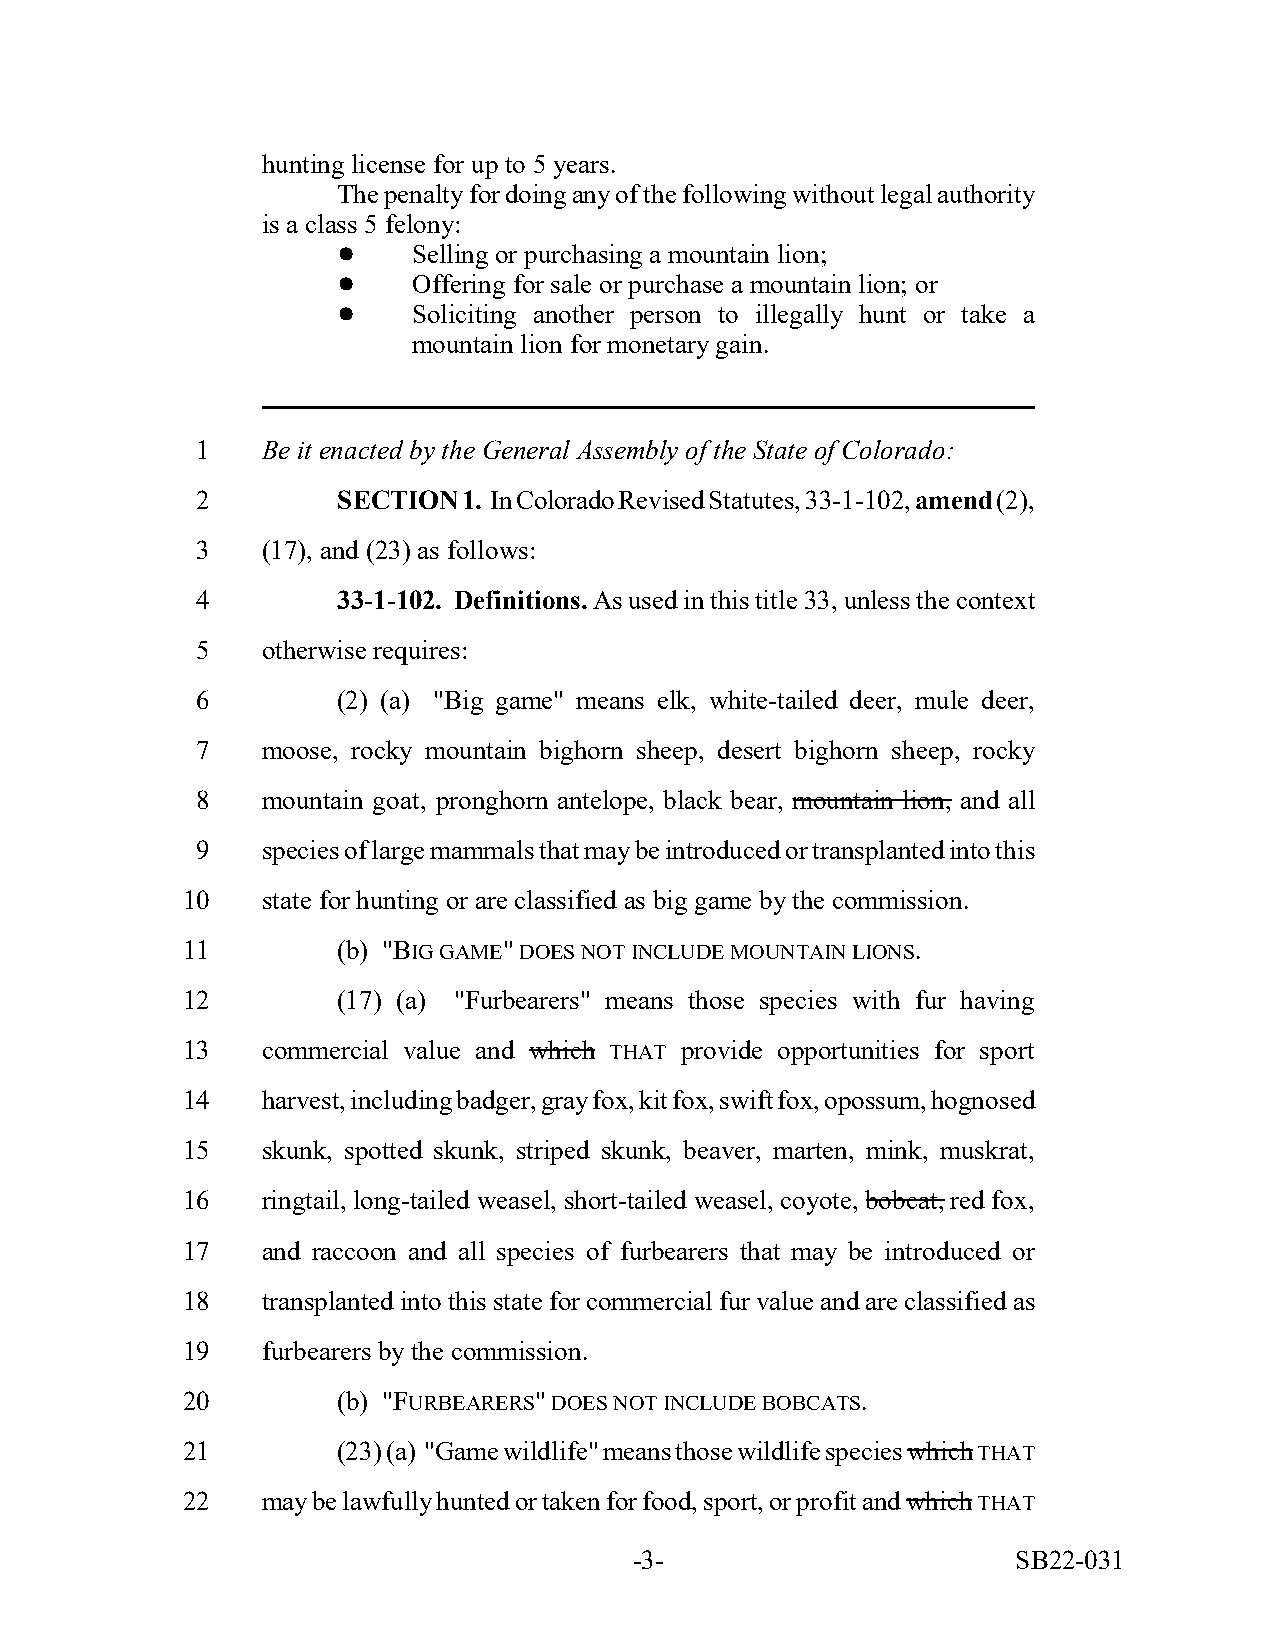
hunting license for up to 5 years.
 The penalty for doing any of the following without legal authority
 is a class 5 felony:
 !    Selling or purchasing a mountain lion;
 !    Offering for sale or purchase a mountain lion; or
 !    Soliciting another person to illegally hunt or take a
 mountain lion for monetary gain.
 1   Be it enacted by the General Assembly of the State of Colorado:
 2        SECTION  1. In Colorado Revised Statutes, 33-1-102, amend (2),
 3   (17), and (23) as follows:
 4        33-1-102. Definitions. As used in this title 33, unless the context
 5   otherwise requires:
 6        (2) (a) "Big game" means elk, white-tailed deer, mule deer,
 7   moose, rocky mountain bighorn sheep, desert bighorn sheep, rocky
 8   mountain goat, pronghorn antelope, black bear, mountain lion, and all
 9   species of large mammals that may be introduced or transplanted into this
 10   state for hunting or are classified as big game by the commission.
 11        (b) "BIG GAME" DOES NOT INCLUDE MOUNTAIN LIONS.
 12        (17) (a) "Furbearers" means those species with fur having
 13   commercial value and which THAT provide opportunities for sport
 14   harvest, including badger, gray fox, kit fox, swift fox, opossum, hognosed
 15   skunk, spotted skunk, striped skunk, beaver, marten, mink, muskrat,
 16   ringtail, long-tailed weasel, short-tailed weasel, coyote, bobcat, red fox,
 17   and raccoon and all species of furbearers that may be introduced or
 18   transplanted into this state for commercial fur value and are classified as
 19   furbearers by the commission.
 20        (b) "FURBEARERS" DOES NOT INCLUDE BOBCATS.
 21        (23) (a) "Game wildlife" means those wildlife species which THAT
 22   may be lawfully hunted or taken for food, sport, or profit and which THAT
 -3-                      SB22-031